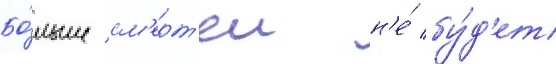
Бо́льше см'ерт'еи н'е́ бу́д'ет